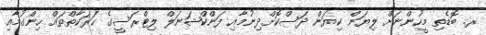
ރ. ބޮޑެތި މީހުންނަށް ލިޔަން ކިޔަން ދަސްކޮށްދިނުމާއި ފަންކްޝަނަލް ލިޓްރަސީގެ ޙަރަކާތްތައް ހިންގުމާއި